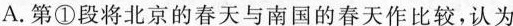
A.第①段将北京的春天与南国的春天作比较，认为